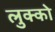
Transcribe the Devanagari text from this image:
लुक्को